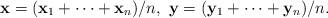
LaTeX: \begin{align*}\mathbf x =(\mathbf x_1 + \cdots + \mathbf x_n)/n,\ \mathbf y = (\mathbf y_1 + \cdots +\mathbf y_n)/n. \end{align*}